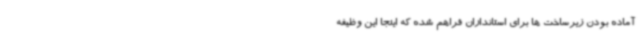
آماده بودن زیرساخت ها برای استانداران فراهم شده که اینجا این وظیفه